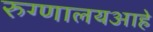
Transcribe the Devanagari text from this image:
रुग्णालयआहे